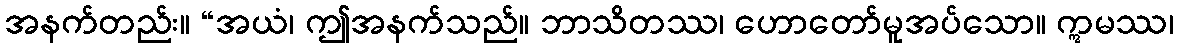
အနက်တည်း။ “အယံ၊ ဤအနက်သည်။ ဘာသိတဿ၊ ဟောတော်မူအပ်သော။ ဣမဿ၊